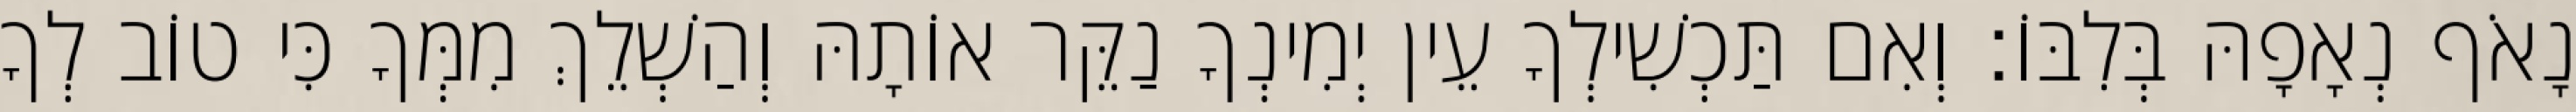
נָאֹף נְאָפָהּ בְּלִבּוֹ׃ וְאִם תַּכְשִׁילְךָ עֵין יְמִינְךָ נַקֵּר אוֹתָהּ וְהַשְׁלֵךְ מִמְּךָ כִּי טוֹב לְךָ